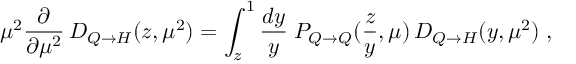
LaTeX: \mu ^ { 2 } \frac { \partial } { \partial \mu ^ { 2 } } \, D _ { Q \to H } ( z , \mu ^ { 2 } ) = \int _ { z } ^ { 1 } \frac { d y } { y } \; P _ { Q \to Q } ( \frac { z } { y } , \mu ) \, D _ { Q \to H } ( y , \mu ^ { 2 } ) \; ,